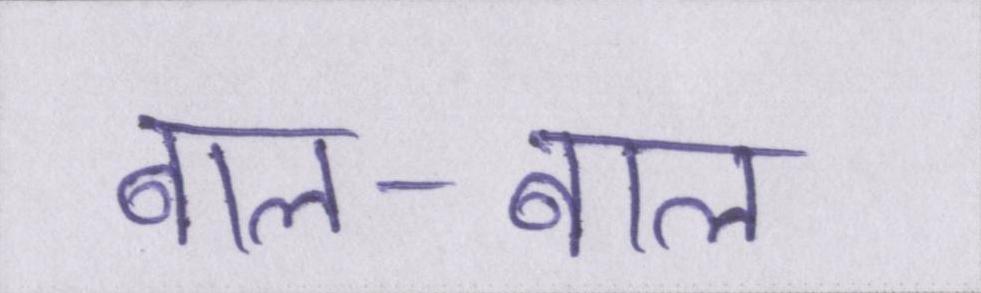
बाल-बाल